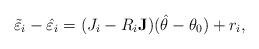
LaTeX: \begin{align*}\tilde{\varepsilon}_i-\hat{\varepsilon}_i=(J_i-R_i\mathbf{J}) (\hat{\theta}-\theta_0)+r_i,\end{align*}